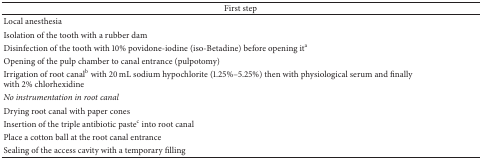
| <COLSPAN=2> First step |
 | --- | --- |
 | Local anesthesia |  |
 | Isolation of the tooth with a rubber dam |  |
 | Disinfection of the tooth with 10% povidone-iodine (iso-Betadine) before opening ita |  |
 | Opening of the pulp chamber to canal entrance (pulpotomy) |  |
 | Irrigation of root canalb with 20 mL sodium hypochlorite (1.25%–5.25%) then with physiological serum and finally with 2% chlorhexidine |  |
 | No instrumentation in root canal |  |
 | Drying root canal with paper cones |  |
 | Insertion of the triple antibiotic pastec into root canal |  |
 | Place a cotton ball at the root canal entrance |  |
 | Sealing of the access cavity with a temporary filling |  |